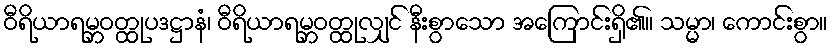
ဝီရိယာရမ္ဘဝတ္ထုပဒဋ္ဌာနံ၊ ဝီရိယာရမ္ဘဝတ္ထုလျှင် နီးစွာသော အကြောင်းရှိ၏။ သမ္မာ၊ ကောင်းစွာ။